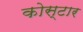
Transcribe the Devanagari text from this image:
कोस्टार